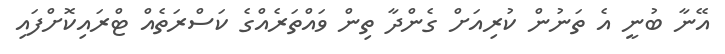
އޭނާ ބުނީ އެ ތަނުން ކުރިއަށް ގެންދާ ތިން ވައްތަރެއްގެ ކަސްރަތެއް ޓްރައިކޮށްފައި